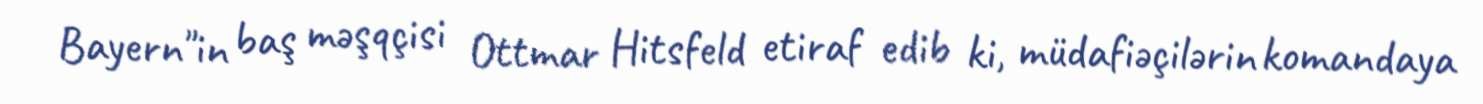
Bayern"in baş məşqçisi Ottmar Hitsfeld etiraf edib ki, müdafiəçilərin komandaya